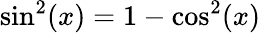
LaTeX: \sin^{2}(x)=1-\cos^{2}(x)